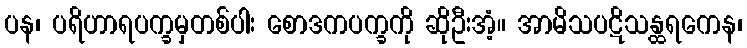
ပန၊ ပရိဟာရပက္ခမှတစ်ပါး စောဒကပက္ခကို ဆိုဦးအံ့။ အာမိသပဋိသန္ထရကေန၊